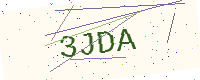
Text: 3JDA